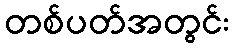
တစ်ပတ်အတွင်း